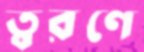
ত্বরণে